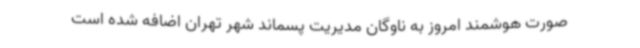
صورت هوشمند امروز به ناوگان مدیریت پسماند شهر تهران اضافه شده است